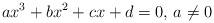
LaTeX: \begin{align*}ax^3+bx^2+cx+d=0\textrm{, }a\neq0\end{align*}